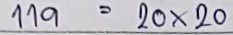
119 = 20 x 20